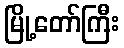
မြို့တော်ကြီး